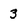
Character: 3